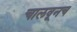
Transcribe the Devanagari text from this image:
चालवूनच